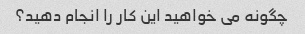
چگونه می خواهید این کار را انجام دهید؟